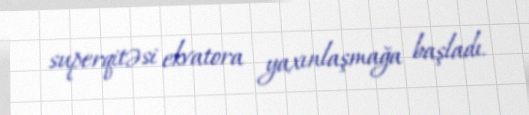
superqitəsi ekvatora yaxınlaşmağa başladı.